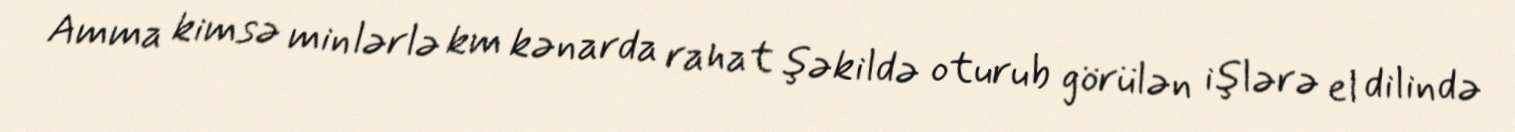
Amma kimsə minlərlə km kənarda rahat şəkildə oturub görülən işlərə el dilində